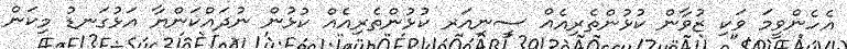
އެހެންވީމަ ވަކި ޒުވާން ކުޅުންތެރިއެއް ސީނިއަރ ކުޅުންތެރިއެއް ކުޅުން ނުދައްކަންޔާ އަޅުގަނޑު މިކަން